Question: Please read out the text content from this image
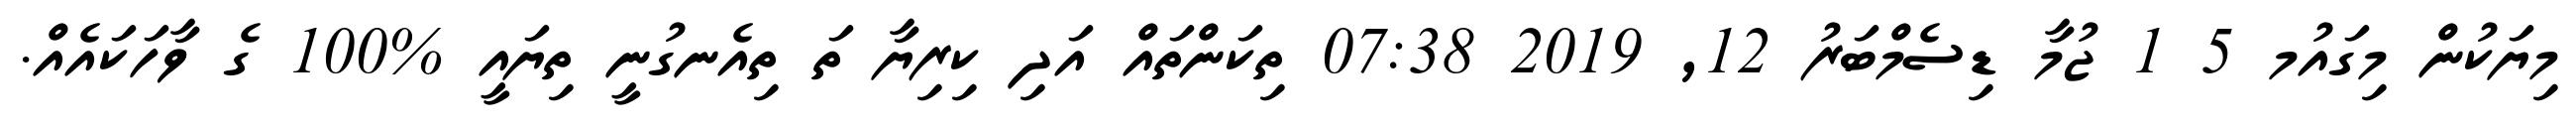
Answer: މިޔަކުން މިގައުމ 5 1 ޖުމާ ޑިސެމްބަރު 12, 2019 07:38 ތިކަންތައް އަދި ކިރިޔާ ތަ ތިއެނގުނީ ތިޔައީ %100 ގެ ވާހަކައެއް.